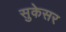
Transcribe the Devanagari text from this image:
सुकेसर